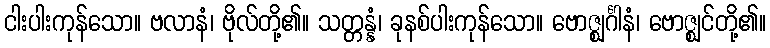
ငါးပါးကုန်သော။ ဗလာနံ၊ ဗိုလ်တို့၏။ သတ္တန္နံ၊ ခုနစ်ပါးကုန်သော။ ဗောဇ္ဈင်္ဂါနံ၊ ဗောဇ္ဈင်တို့၏။